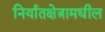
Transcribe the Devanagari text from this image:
निर्यातक्षेत्रामधील